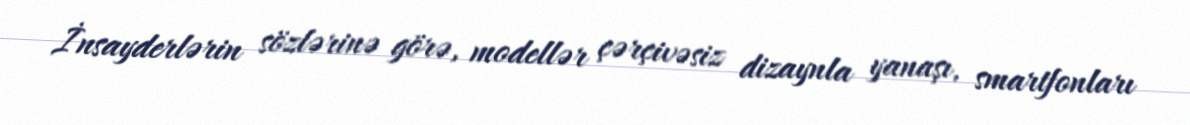
İnsayderlərin sözlərinə görə, modellər çərçivəsiz dizaynla yanaşı, smartfonları